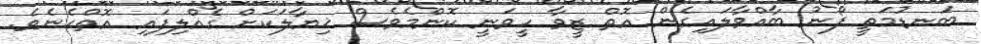
ބަނޑުމަތީ ފޯނު ބާއްވާލައިގެން އޮތް ޒީވާ ހީވަނީ ކޮންމެވެސް ޚިޔާލަކަށް ގެއްލިފައި އޮތްހެނެވެ.